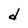
Character: d